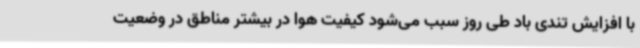
با افزایش تندی باد طی روز سبب می‌شود کیفیت هوا در بیشتر مناطق در وضعیت